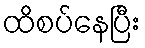
ထိစပ်နေပြီး